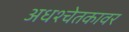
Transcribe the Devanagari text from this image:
अधश्चेतकावर